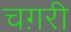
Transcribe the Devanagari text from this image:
चग़री